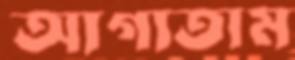
আগাতাম